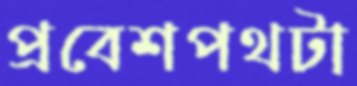
প্রবেশপথটা